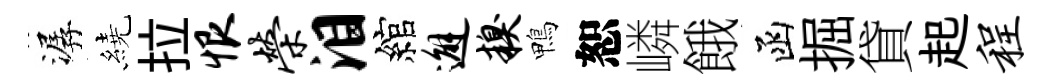
潺繞拉恨荣泪綰邂糗鴨恕嶙餓函掘貸起程